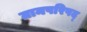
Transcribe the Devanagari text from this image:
ग्रामपरिषद्